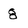
Character: 8